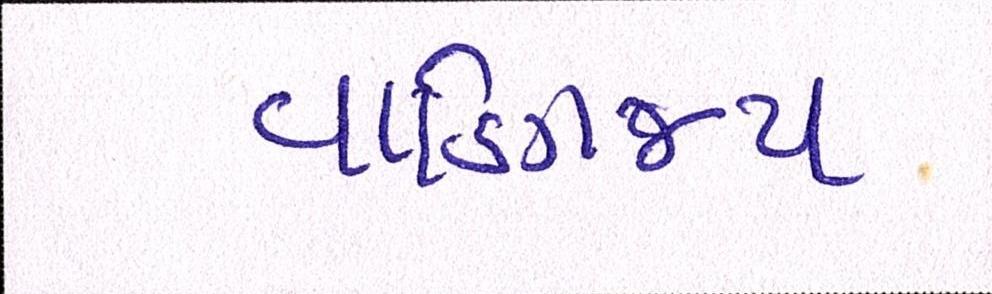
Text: વાણિજ્ય